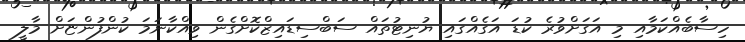
ހިސާބެއްކަމާއި މި އަގަށްވުރެ ކުޑަ އަގެއްގައި ޔުނިޓުތައް ސަބްސިޑައިޒްކޮށްގެން ވިއްކާނަމަ ކުންފުންޏަށް މާލީ